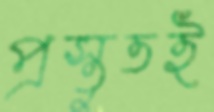
প্রস্তুতই